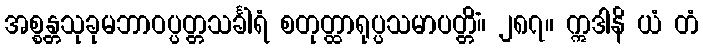
အစ္စန္တသုခုမဘာဝပ္ပတ္တသင်္ခါရံ စတုတ္ထာရုပ္ပသမာပတ္တိံ။ ၂၈၇။ ဣဒါနိ ယံ တံ